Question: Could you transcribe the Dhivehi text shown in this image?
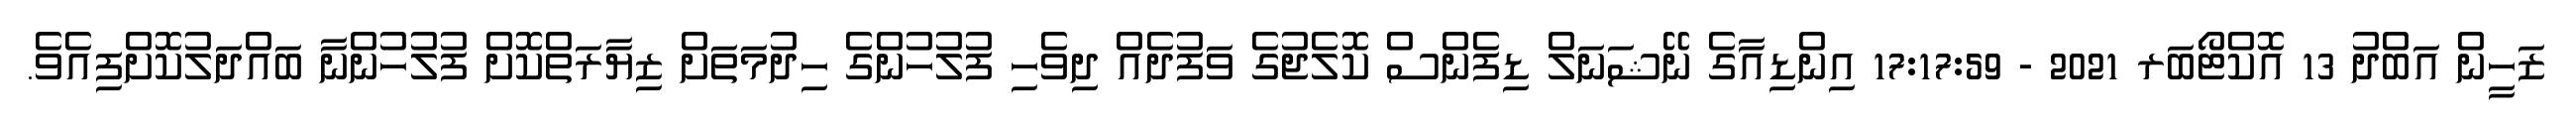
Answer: ޒަހީން އަބްދު 13 އޮކްޓޯބަރ 2021 - 17:17:59 އިންޑިއާގެ ނޭޝަނަލް ޑިފެންސް ކޮލެޖުގެ ވަފުދެއް ދިވެހި ފުލުހުންގެ ހިދުމަތަށް ޒިޔާރަތްކޮށް ފުލުހުންނާ ބައްދަލުކޮށްފިއެވެ.